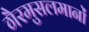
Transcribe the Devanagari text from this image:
गैरमुसलमानों